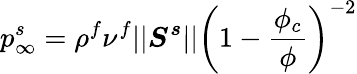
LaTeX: p_{\infty}^{s}=\rho^{f}\nu^{f}\vert\vert\boldsymbol{S^{s}}\vert\vert\left(1-\frac{\phi_{c}}{\phi}\right)^{-2}